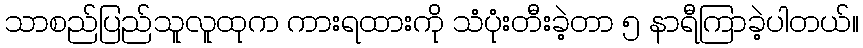
သာစည်ပြည်သူလူထုက ကားရထားကို သံပုံးတီးခဲ့တာ ၅ နာရီကြာခဲ့ပါတယ်။